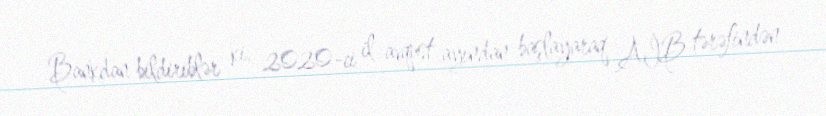
Bankdan bildiriblər ki, 2020-ci il avqust ayından başlayaraq AİB tərəfindən